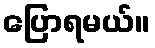
ပြောရမယ်။